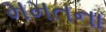
મમતના